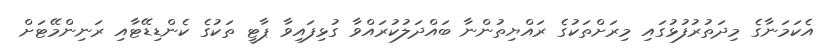
އެކަމަނާގެ މިދަތުރުފުޅުގައި މިރަށްތަކުގެ ރައްޔިތުންނާ ބައްދަލުކުރައްވާ ގުޅިފައިވާ ޕާޓީ ތަކުގެ ކެންޑިޑޭޓާއި ރަނިންމޭޓަށް